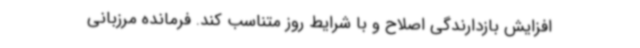
افزایش بازدارندگی اصلاح و با شرایط روز متناسب کند. فرمانده مرزبانی